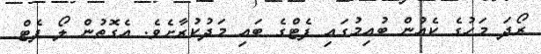
ރޯދަ މަހުގެ ކެއުން ބުއިމުގައި ފެޓްގެ ބައި މަދުކުރާށެވެ. އެގޮތުން ލޯ ފެޓް